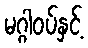
မဂ္ဂါဝပ်နှင့်